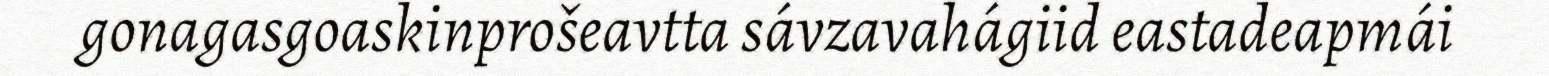
gonagasgoaskinprošeavtta sávzavahágiid eastadeapmái